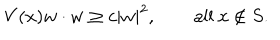
V ( x ) w \cdot w \geq c | w | ^ { 2 } , \qquad \mathrm { a l l } \ x \not \in S .